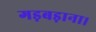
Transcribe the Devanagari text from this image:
गड़बड़ाना।